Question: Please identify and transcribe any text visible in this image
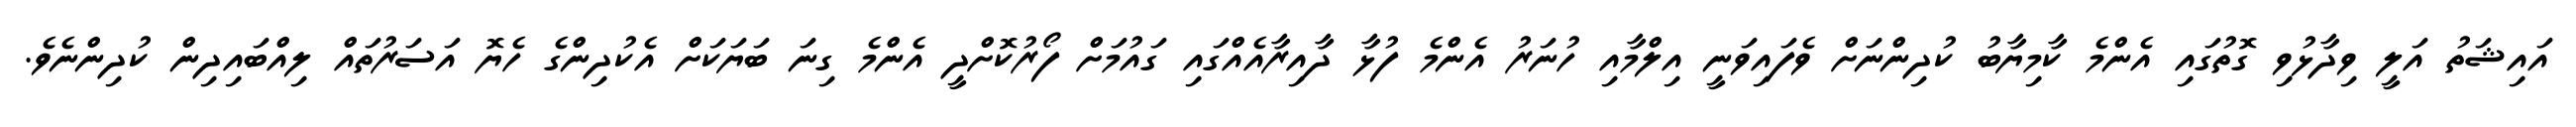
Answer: އައިޝަތު އަލީ ވިދާޅުވި ގޮތުގައި އެންމެ ކާމިޔާބު ކުދިންނަށް ވެފައިވަނީ އިލްމާއި ހުނަރު އެންމެ ފުޅާ ދާއިރާއެއްގައި ގައުމަށް ފޯރުކޮށްދީ އެންމެ ގިނަ ބަޔަކަށް އެކުދިންގެ ހެޔޮ އަސަރުތައް ލިއްބައިދިން ކުދިންނެވެ.